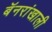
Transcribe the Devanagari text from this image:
बॅनरांखाली